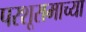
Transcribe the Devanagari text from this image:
परशूरामाच्या